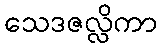
သေဒဇလ္လိကာ